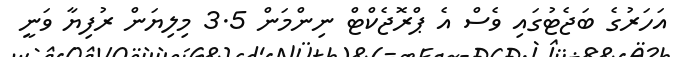
އަހަރުގެ ބަޖެޓުގައި ވެސް އެ ޕްރޮޖެކްޓް ނިންމަން 3.5 މިލިޔަން ރުފިޔާ ވަނީ